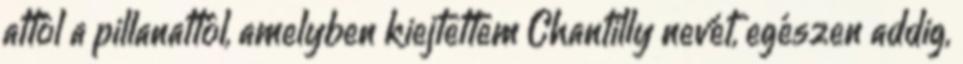
attól a pillanattól, amelyben kiejtettem Chantilly nevét, egészen addig,